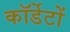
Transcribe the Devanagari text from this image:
कॉर्डेटों